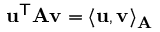
\mathbf { u } ^ { \mathsf { T } } \mathbf { A } \mathbf { v } = \langle \mathbf { u } , \mathbf { v } \rangle _ { \mathbf { A } }